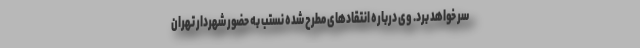
سر خواهد برد. وی درباره انتقادهای مطرح شده نستب به حضور شهردار تهران